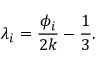
\lambda _ { i } = \frac { \phi _ { i } } { 2 k } - \frac { 1 } { 3 } .